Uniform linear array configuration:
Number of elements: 24
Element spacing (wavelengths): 0.5
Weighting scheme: uniform
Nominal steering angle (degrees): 15
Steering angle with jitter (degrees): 13.685
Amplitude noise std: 0.05
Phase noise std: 0.05

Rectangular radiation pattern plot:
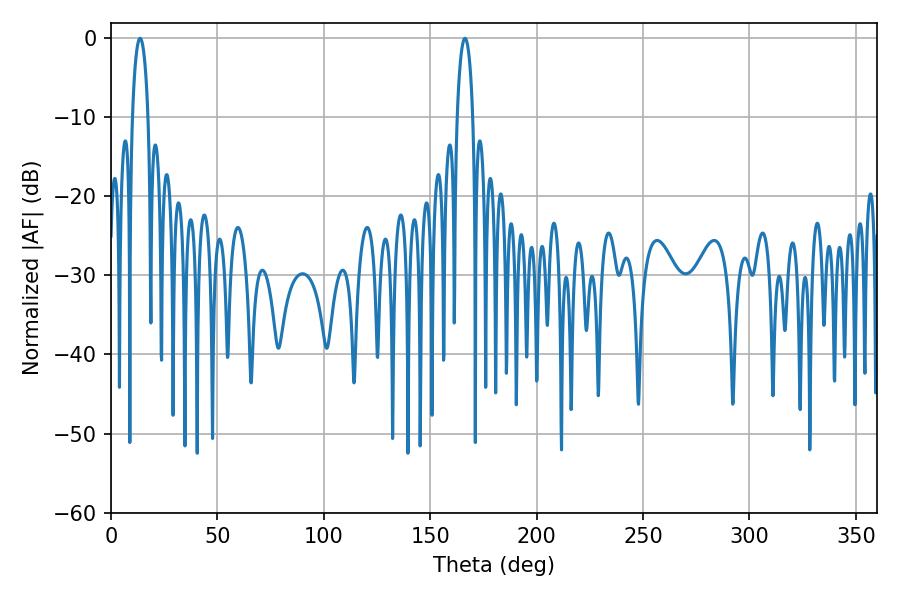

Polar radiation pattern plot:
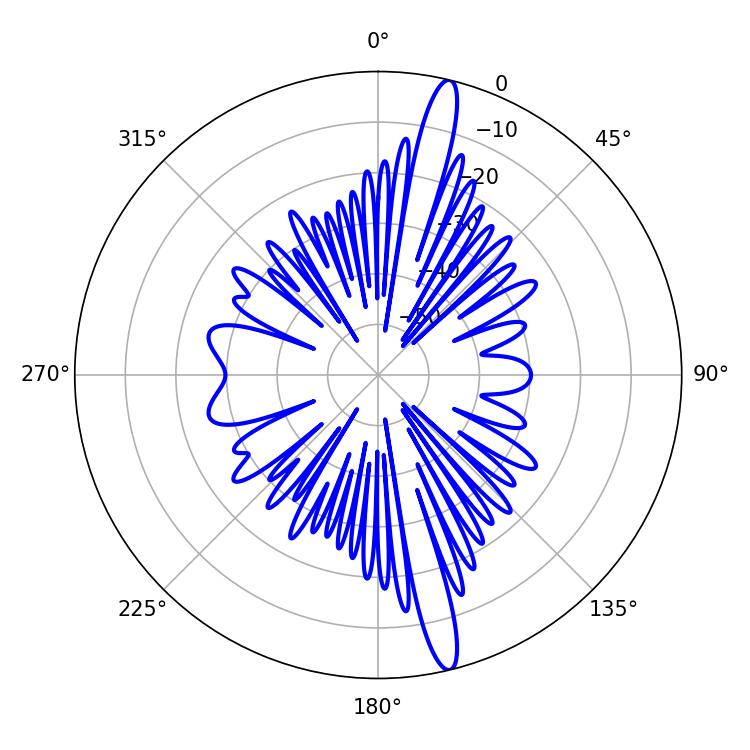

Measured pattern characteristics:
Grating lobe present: FALSE
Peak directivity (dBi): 17.087
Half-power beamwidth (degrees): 4.32
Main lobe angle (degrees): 13.68